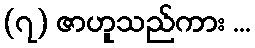
(၇) ဇာဟူသည်ကား ...